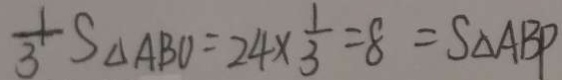
\frac { 1 } { 3 } S _ { \Delta } A B O = 2 4 \times \frac { 1 } { 3 } = 8 = S _ { \Delta } A B P